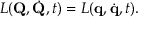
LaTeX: L ( \mathbf { Q } , { \dot { \mathbf { Q } } } , t ) = L ( \mathbf { q } , { \dot { \mathbf { q } } } , t ) .